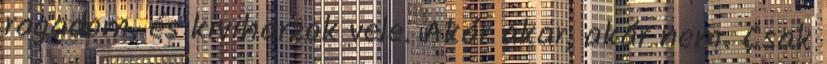
ragadom, és kiviharzok vele. Akár akar, akár nem. Csak